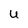
Character: U